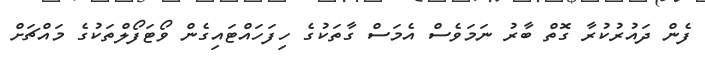
ފެން ދައުރުކުރާ ގޮތް ބާރު ނަމަވެސް އެމަސް ގާތަކުގެ ހިފަހައްޓައިގެން ވޯޓަފޯލްތަކުގެ މައްޗަށް